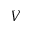
V